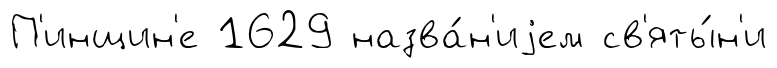
П'инщин'е 1629 назва́н'иjем св'яты́н'и